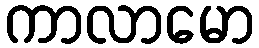
ကာလာမော